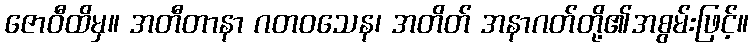
ဇောဝီထိမှ။ အတီတာနာ ဂတဝသေန၊ အတိတ် အနာဂတ်တို့၏အစွမ်းဖြင့်။